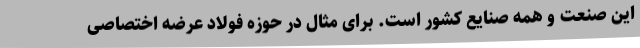
این صنعت و همه صنایع کشور است. برای مثال در حوزه فولاد عرضه اختصاصی